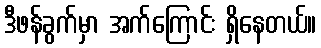
ဒီဖန်ခွက်မှာ အက်ကြောင်း ရှိနေတယ်။